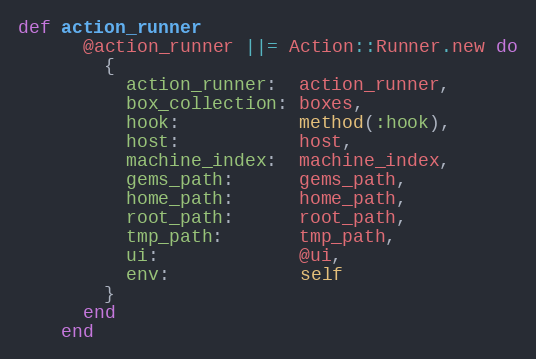
Language: Ruby
def action_runner
      @action_runner ||= Action::Runner.new do
        {
          action_runner:  action_runner,
          box_collection: boxes,
          hook:           method(:hook),
          host:           host,
          machine_index:  machine_index,
          gems_path:      gems_path,
          home_path:      home_path,
          root_path:      root_path,
          tmp_path:       tmp_path,
          ui:             @ui,
          env:            self
        }
      end
    end